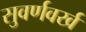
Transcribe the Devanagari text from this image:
सुवर्णवर्ख